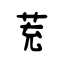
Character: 茺